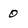
Character: 0